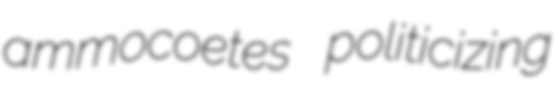
ammocoetes politicizing